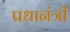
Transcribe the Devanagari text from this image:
प्रधानंत्री